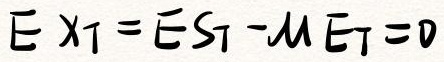
$\mathbb{E} X_T = \mathbb{E} S_T - \mu \mathbb{E} T = 0$